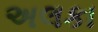
અલકા